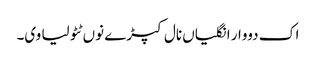
اک دووار انگلیاں نال کپڑے نوں ٹٹولیا وی۔